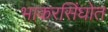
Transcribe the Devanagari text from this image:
भाकरसिंघोत